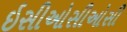
ઇસીઓસીઓસી